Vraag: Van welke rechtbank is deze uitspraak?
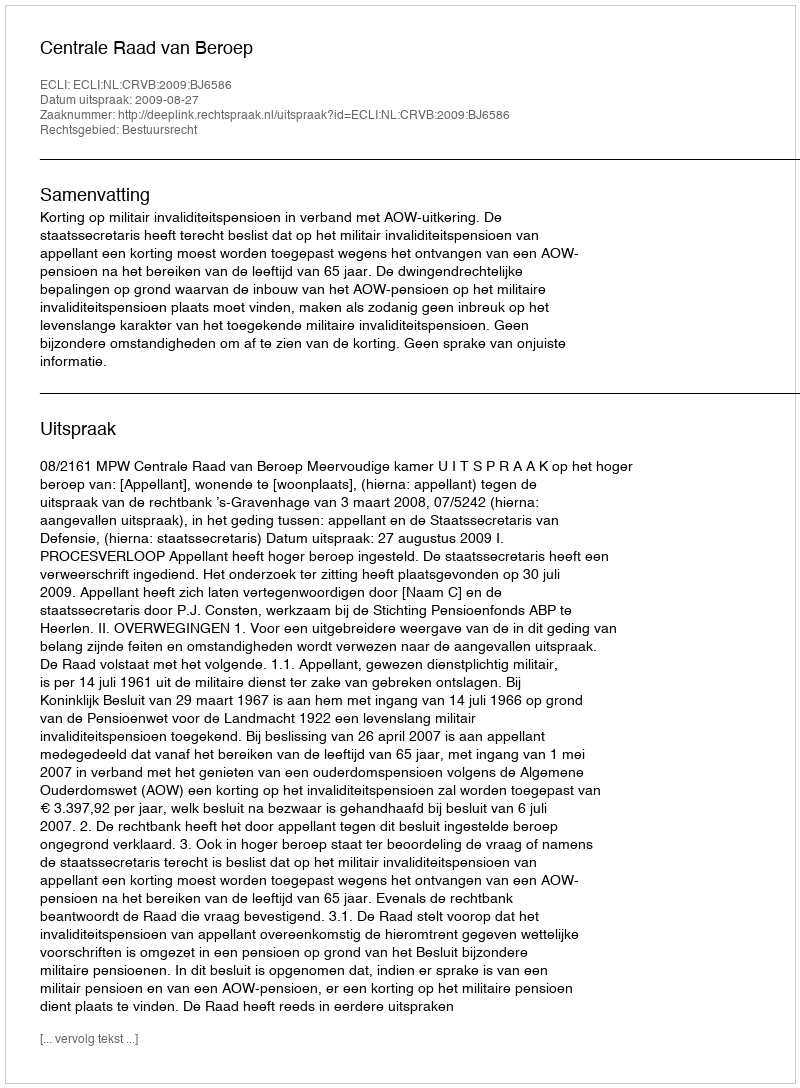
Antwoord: Centrale Raad van Beroep